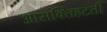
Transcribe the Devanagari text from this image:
आसक्तिहटती